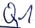
Text: Q1